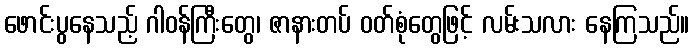
ဖောင်းပွနေသည့် ဂါဝန်ကြီးတွေ၊ ဇာနားတပ် ဝတ်စုံတွေဖြင့် လမ်းသလား နေကြသည်။